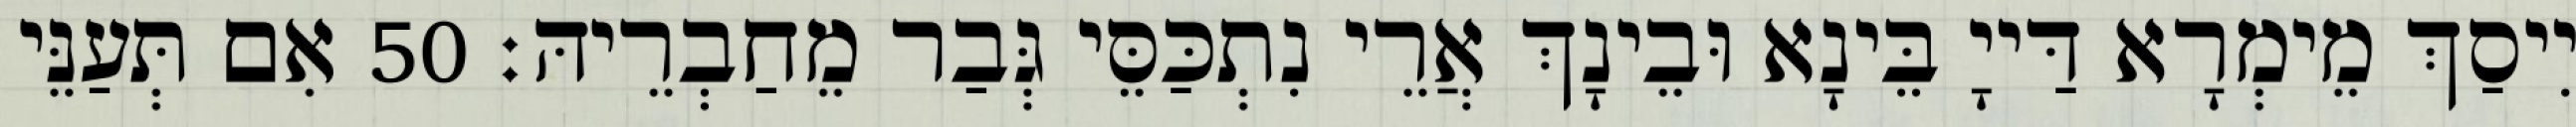
יִיסַךְ מֵימְרָא דַּייָ בֵּינָא וּבֵינָךְ אֲרֵי נִתְכַּסֵּי גְּבַר מֵחַבְרֵיהּ׃ 50 אִם תְּעַנֵּי